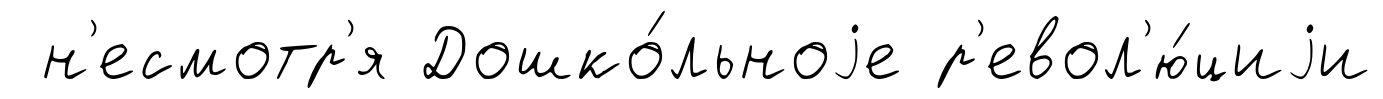
н'есмотр'я Дошко́льноjе р'евол'ю́циjи